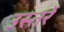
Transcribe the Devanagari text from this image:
उस्तरें